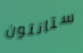
ستانتون